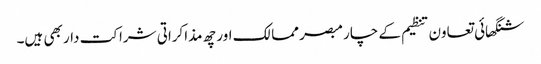
شنگھائی تعاون تنظیم کے چار مبصر ممالک اور چھ مذاکراتی شراکت دار بھی ہیں۔